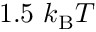
1 . 5 \ k _ { \mathrm { B } } T